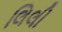
લિલી